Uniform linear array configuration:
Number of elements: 48
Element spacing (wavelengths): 0.5
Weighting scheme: uniform
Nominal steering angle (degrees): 30
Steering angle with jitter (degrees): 29.096
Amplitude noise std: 0.05
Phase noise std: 0.05

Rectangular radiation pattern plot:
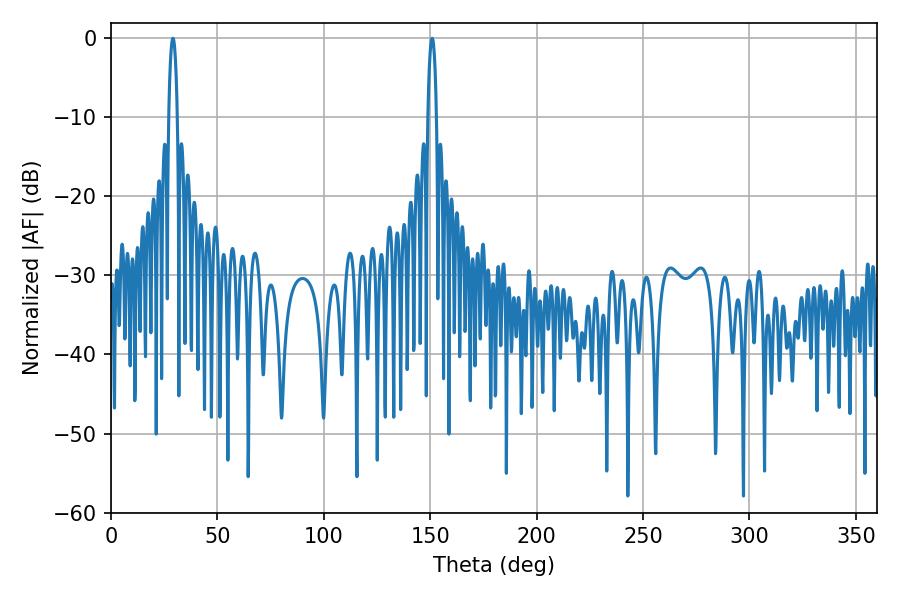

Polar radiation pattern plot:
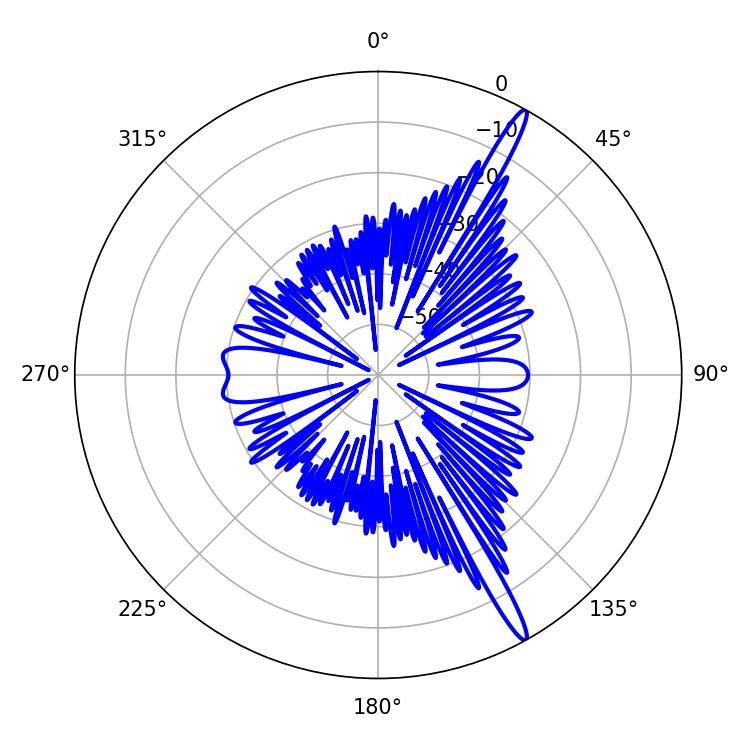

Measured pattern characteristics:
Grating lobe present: FALSE
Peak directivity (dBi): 16.387
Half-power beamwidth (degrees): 2.34
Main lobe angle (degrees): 29.16